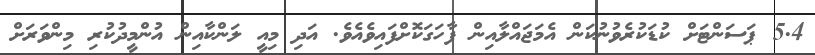
5.4 ޕަސަންޓަށް ކުޑަކުރެވުނުކަން އެމަޖައްލާއިން ފާހަގަކޮށްފައިވެއެވެ. އަދި މިއީ ލަންކާއިން އުންމީދުކުރި މިންވަރަށް